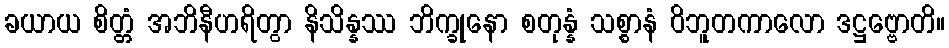
ခယာယ စိတ္တံ အဘိနီဟရိတွာ နိသိန္နဿ ဘိက္ခုနော စတုန္နံ သစ္စာနံ ဝိဘူတကာလော ဒဋ္ဌဗ္ဗောတိ။